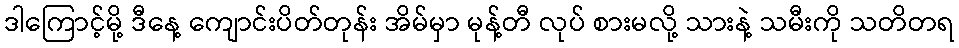
ဒါကြောင့်မို့ ဒီနေ့ ကျောင်းပိတ်တုန်း အိမ်မှာ မုန့်တီ လုပ် စားမလို့ သားနဲ့ သမီးကို သတိတရ